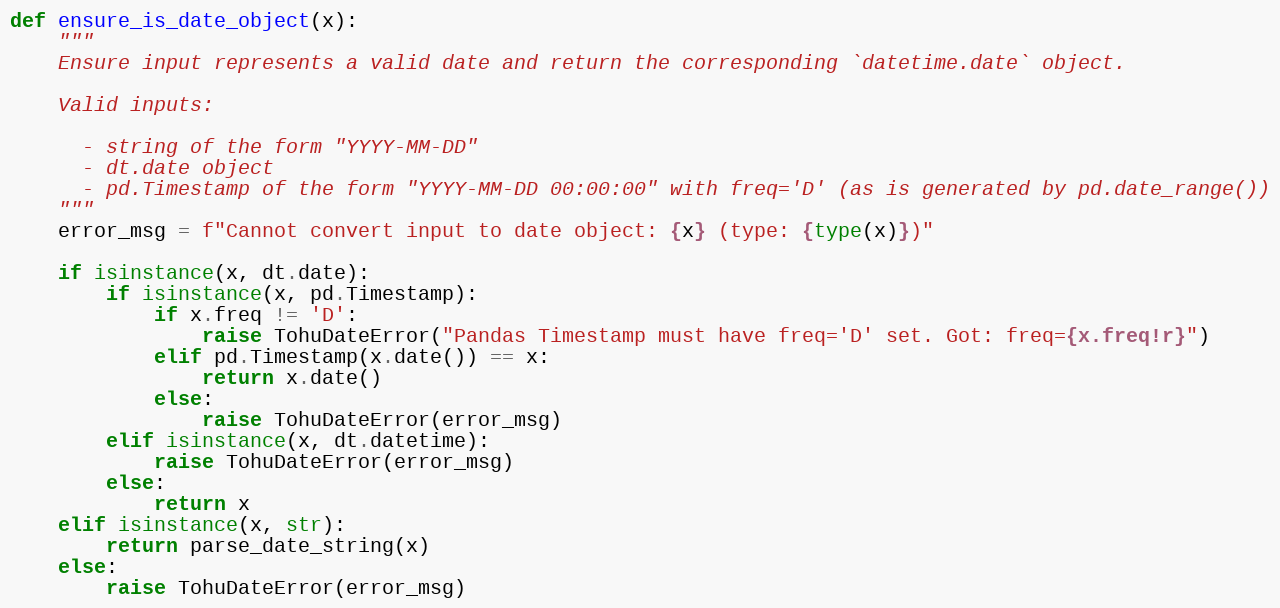
Language: Python
def ensure_is_date_object(x):
    """
    Ensure input represents a valid date and return the corresponding `datetime.date` object.

    Valid inputs:

      - string of the form "YYYY-MM-DD"
      - dt.date object
      - pd.Timestamp of the form "YYYY-MM-DD 00:00:00" with freq='D' (as is generated by pd.date_range())
    """
    error_msg = f"Cannot convert input to date object: {x} (type: {type(x)})"

    if isinstance(x, dt.date):
        if isinstance(x, pd.Timestamp):
            if x.freq != 'D':
                raise TohuDateError("Pandas Timestamp must have freq='D' set. Got: freq={x.freq!r}")
            elif pd.Timestamp(x.date()) == x:
                return x.date()
            else:
                raise TohuDateError(error_msg)
        elif isinstance(x, dt.datetime):
            raise TohuDateError(error_msg)
        else:
            return x
    elif isinstance(x, str):
        return parse_date_string(x)
    else:
        raise TohuDateError(error_msg)